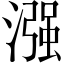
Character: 漒